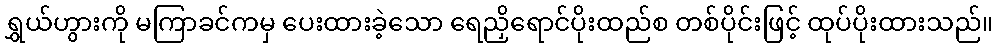
ရွှယ်ဟွားကို မကြာခင်ကမှ ပေးထားခဲ့သော ရေညှိရောင်ပိုးထည်စ တစ်ပိုင်းဖြင့် ထုပ်ပိုးထားသည်။